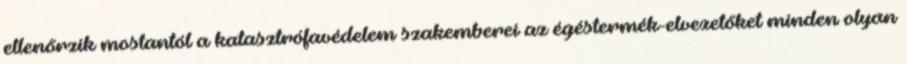
ellenőrzik mostantól a katasztrófavédelem szakemberei az égéstermék-elvezetőket minden olyan